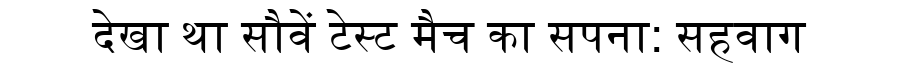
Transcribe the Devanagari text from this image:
देखा था सौवें टेस्ट मैच का सपना: सहवाग